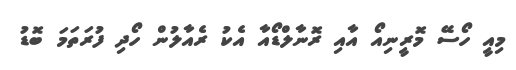
މިއީ ހޯސޭ މޮރީނިއޯ އާއި ރޮނާލްޑޯއާ އެކު ރެއާލުން ހޯދި ފުރަތަމަ ބޮޑު